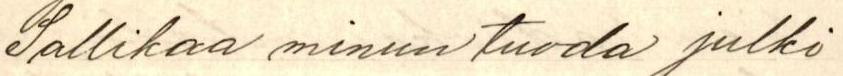
Sallikaa minun tuoda julki